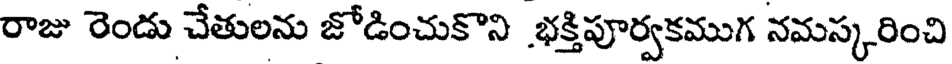
రాజు రెండు చేతులను జోడించుకొని భక్తిపూర్వకముగ నమస్కరించి